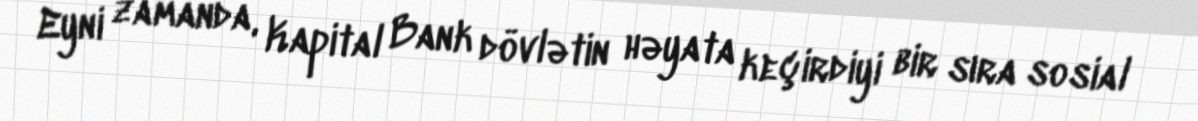
Eyni zamanda, Kapital Bank dövlətin həyata keçirdiyi bir sıra sosial